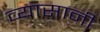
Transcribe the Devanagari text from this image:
व्यासानी